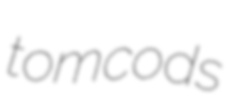
tomcods